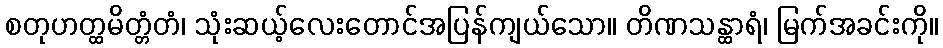
စတုဟတ္ထမိတ္တံတံ၊ သုံးဆယ့်လေးတောင်အပြန်ကျယ်သော။ တိဏသန္ထာရံ၊ မြက်အခင်းကို။